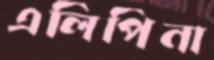
এলিপিনা